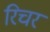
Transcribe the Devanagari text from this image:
रिचर